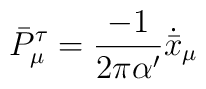
\bar{P}^\tau_\mu=\frac{-1}{2\pi\alpha'}\dot{\bar{x}}_\mu